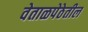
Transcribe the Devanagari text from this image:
वेताळपेठेतील